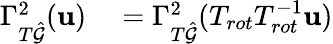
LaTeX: \begin{array}{rl}{\Gamma_{T\hat{\mathcal{G}}}^{2}(\mathbf{u})}&{{}=\Gamma_{T\hat{\mathcal{G}}}^{2}(T_{rot}T_{rot}^{-1}\mathbf{u})}\end{array}